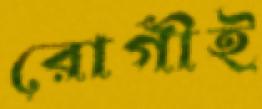
রোগীই